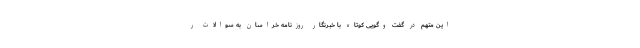
این متهم در گفت وگویی کوتاه با خبرنگار روزنامه خراسان به سوالات ر